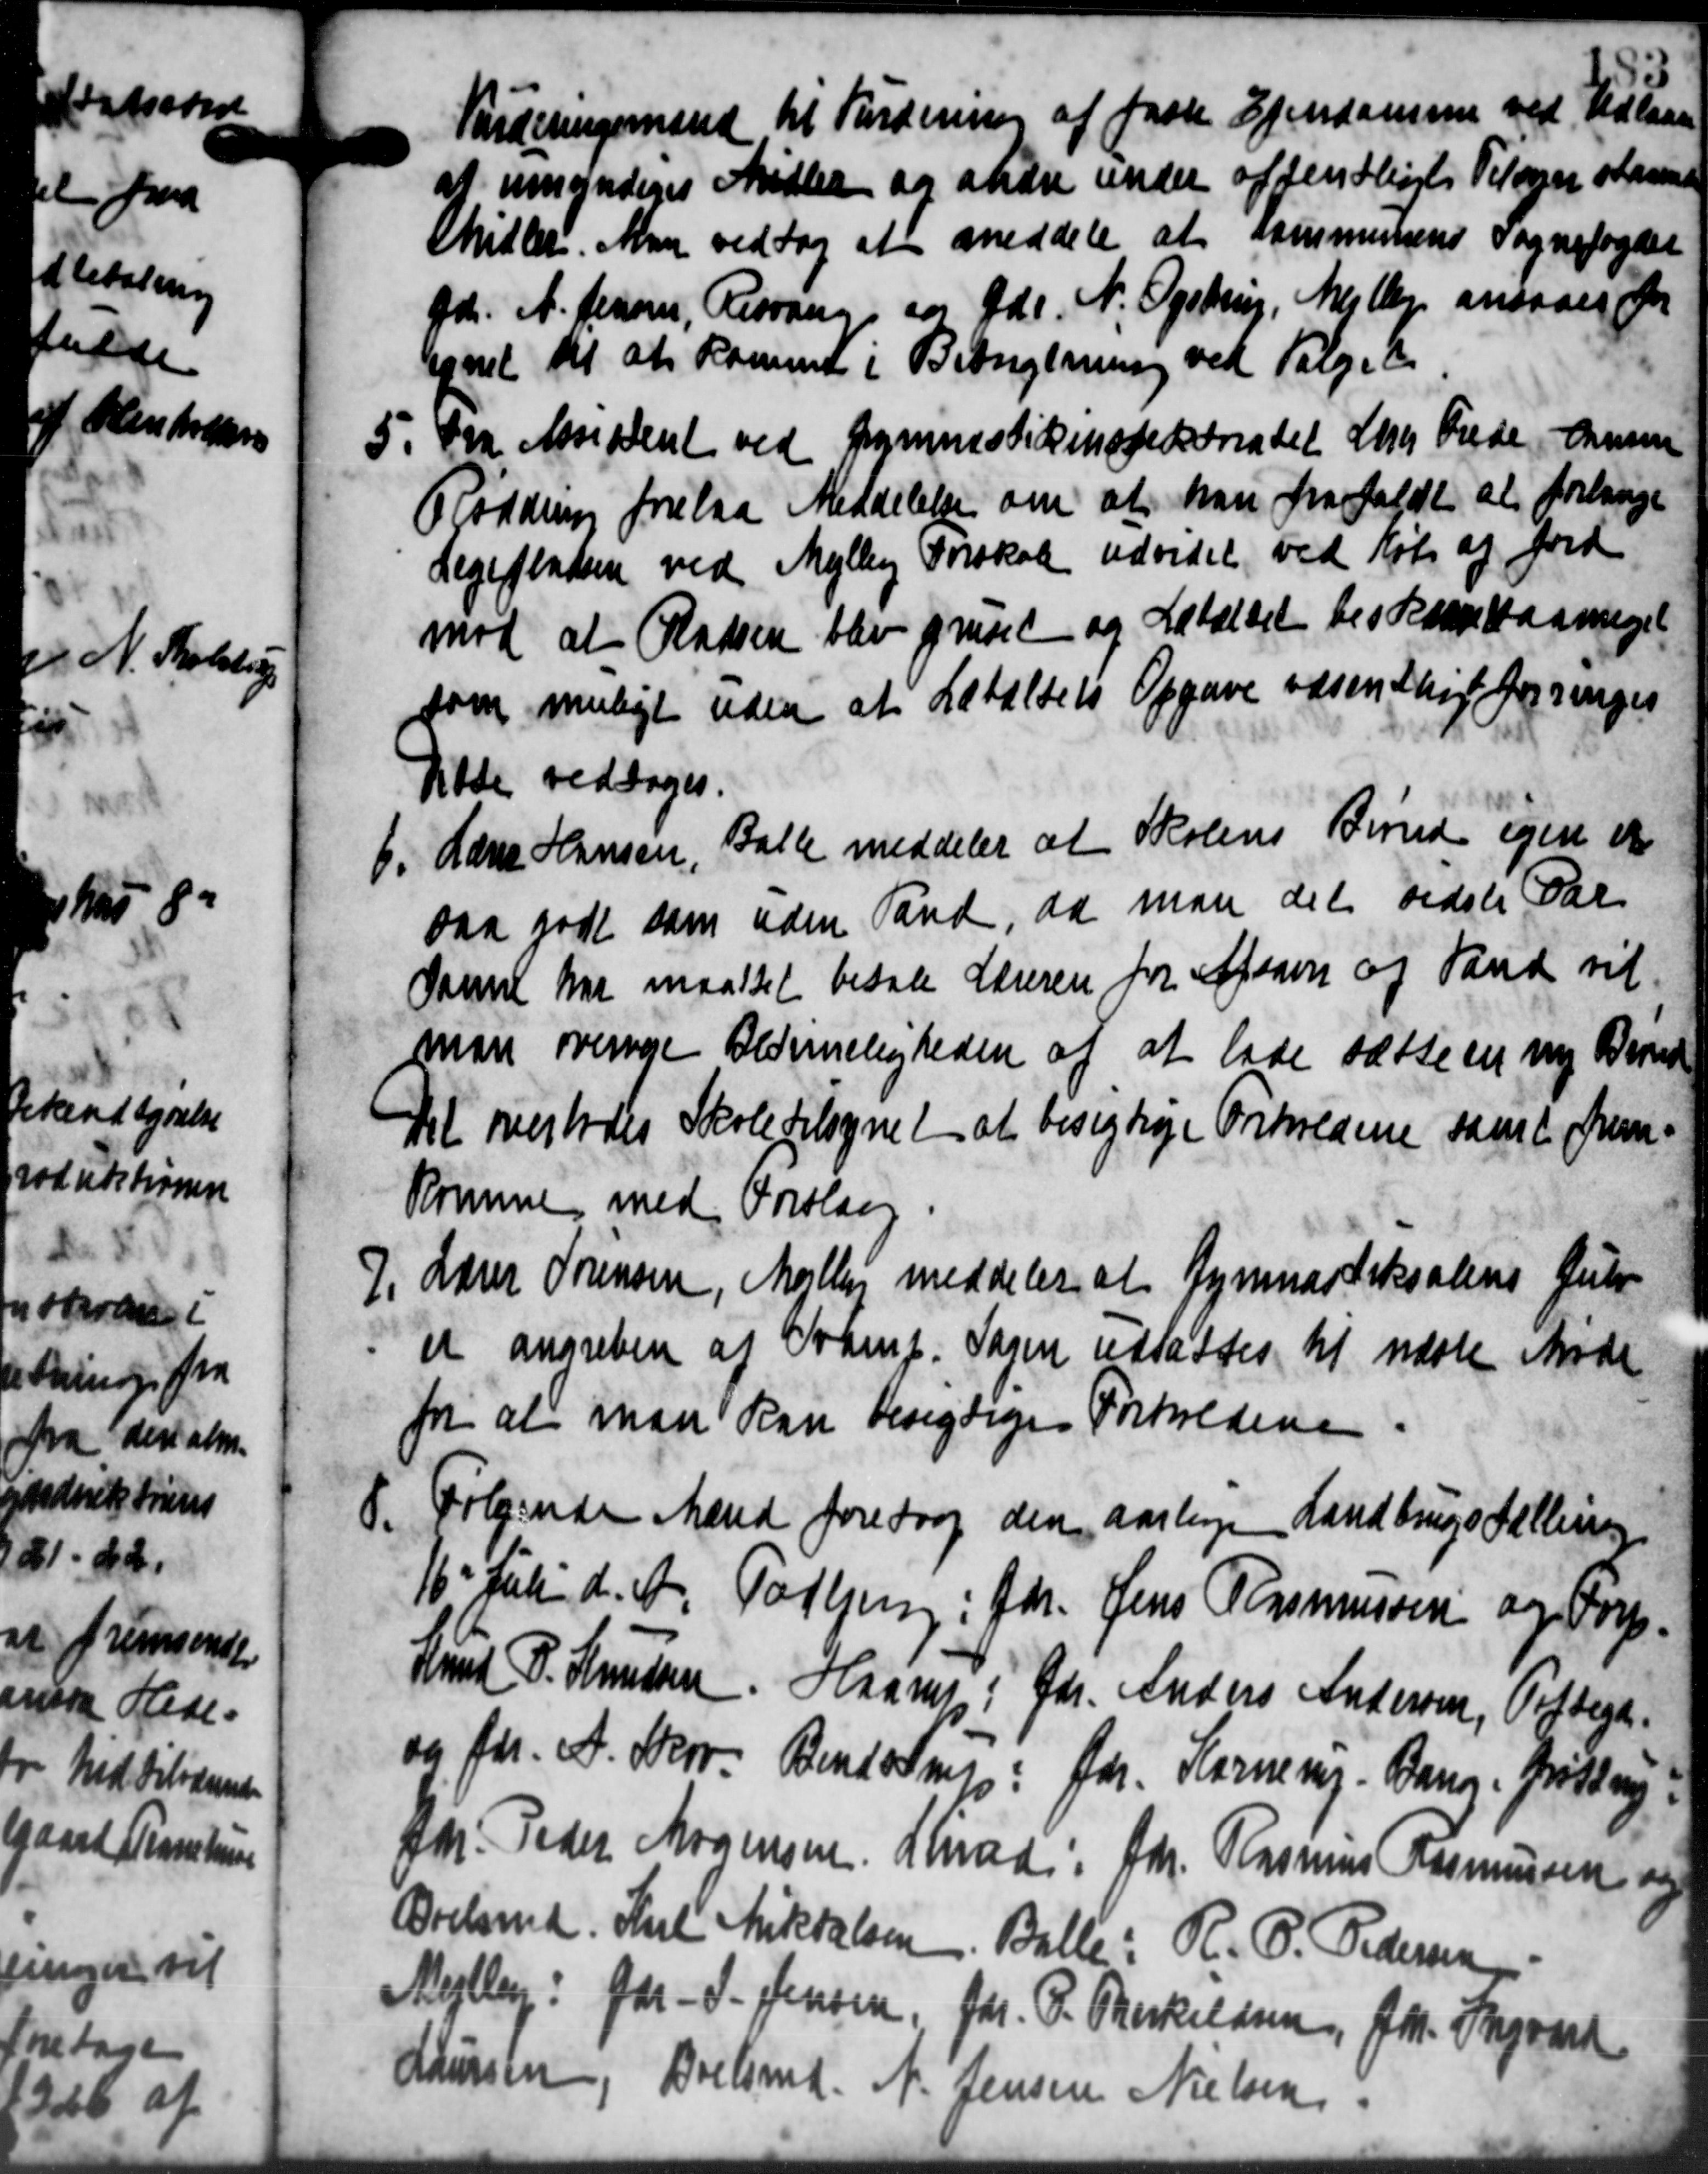
Transskription:
Vurderingsmænd til Fordering af faste Ejendomme ved Udlan
af umyndiges Midler og andre under offentligt Tilsyn staae
Midler. Man vedtog at meddele at kommunens Sognefogden
Gd. A. Jensen, Risvang for Gdr. N. Ogstrup, Mejlby ansaaer for
tegnet til at Komme i Bebugtning ved Følge t
5. Fra Assident ved Gymnastikinspektoratet Lærer Frede Hansen
5. Fra Assident ved Gymnastikinspektoratet Lærer Frede Hansen
Rordring forelaa Meddelelse om at han frafaldt at forlange
Legepladsen ved Mejlby Forskole udvidet ved Køb af Jord
mod at Pladsen blev gruset og Lataldet beskampaameget
som muligt uden at Lataldets Opgave væsen Stig bygninger
tilde vedtoges.
6. Hans Hansen, Balle meddeler at Skolens Brønd egen er
6. Hans Hansen, Balle meddeler at Skolens Brønd egen er
saa godt som uden Vand, da man det sidste Par
Daene har maattet betale Læreren for Afsavn og Vand vil
man overige Aldermeligheden af at lade sætte en ny Bernd
Det overlodes Skole tilsynet at besigtige Forholdene samt frem-
Kommen med Forslag
7. Lærer Sørensen, Mejlby meddeler at Gymnastiksalens Gule
7. Lærer Sørensen, Mejlby meddeler at Gymnastiksalens Gule
et angreben af Tramp. Sagen udsattes til næste Møde
for at man kan besigtige Forholdene.
8.
Følgende Mænd foretog den aarlige Landbrugstælling
16' Juli d. A. Todbjerg: Gdr. Jens Rasmussen og Forp.
Knud P. Knudsen Haarup i Gdr. Anders Andersen, Toftega
og f. A. Skov. Bendstrup: Gdr. Karnemy. Bang, Grøttrup.
Chr. Peder Mogensen Hind: Gdr. Rasmus Rasmussen og
Ærelsmd. Kiel Arikkelsen Balle: R. P. Pedersen
Mejlby: Gdr. P. Jensen, fr. P. Danskeldsen, frk. Ingvard
Laursen, Boelsmd. N. Jensen Nielsen